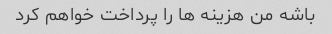
باشه من هزینه ها را پرداخت خواهم کرد